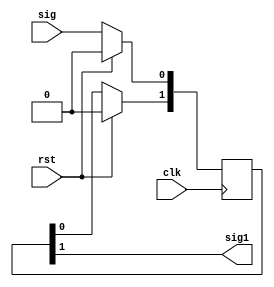
`timescale 1ns / 1ps
module sync(input clk, input rst, input sig, output sig1);
reg [1:0] meta; 

always @ (posedge clk) begin
if(rst) begin
meta[0] <= 0;
meta[1] <= 0; 
end
else begin
meta[0] <=  sig; 
meta[1] <= meta[0];
end
end
assign sig1 = meta[1];
endmodule